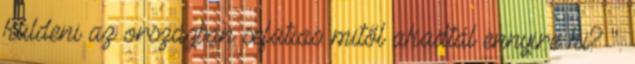
küldeni az országban sefatias: mitől akadtál ennyire ki? ".